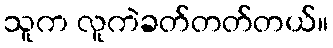
သူက လူကဲခတ်တတ်တယ်။